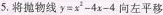
5.将抛物线$$y = x^{2} - 4 x - 4$$向左平移